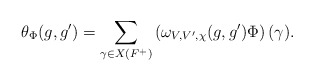
\begin{align*}\theta_\Phi(g,g')=\sum_{\gamma\in X(F^+)}\left(\omega_{V,V',\chi}(g,g')\Phi\right)(\gamma).\end{align*}